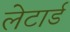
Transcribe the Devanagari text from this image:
लेटार्ड